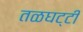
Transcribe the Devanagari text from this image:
तळघट्टी